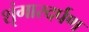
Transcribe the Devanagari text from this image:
शृंगारदर्पण